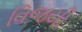
વિજયી